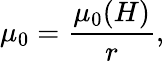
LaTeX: {\mu_{0}}=\frac{\mu_{0}(H)}{r},